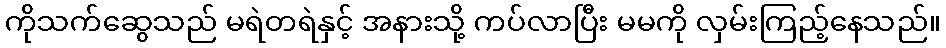
ကိုသက်ဆွေသည် မရဲတရဲနှင့် အနားသို့ ကပ်လာပြီး မမကို လှမ်းကြည့်နေသည်။